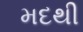
મદથી